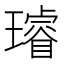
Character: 璿